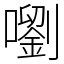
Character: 嚠